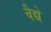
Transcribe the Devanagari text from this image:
वैद्ये